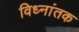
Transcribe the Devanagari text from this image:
विध्नांतक